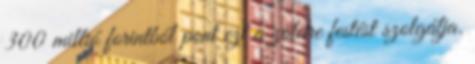
300 millió forintból pont ezt a zöldre festést szolgálja.